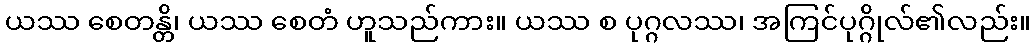
ယဿ စေတန္တိ၊ ယဿ စေတံ ဟူသည်ကား။ ယဿ စ ပုဂ္ဂလဿ၊ အကြင်ပုဂ္ဂိုလ်၏လည်း။